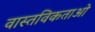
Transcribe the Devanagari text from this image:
वास्तविकताओ